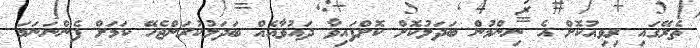
ތެރޭގައި ރިވިއުކޮށް އެ ނިންމުން ބަދަލުކޮށް ކޮށްފައިވާ ދައުވާއެއް ބަދަލުކުރަންޖެހޭ ކަމަށް ފެންނަނަމަ